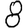
Digit: 8